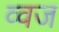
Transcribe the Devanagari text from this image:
व्वज